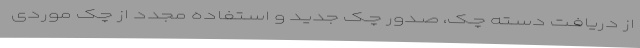
از دریافـت دسـته چـک، صـدور چـک جدیـد و اسـتفاده مجدد از چک موردی